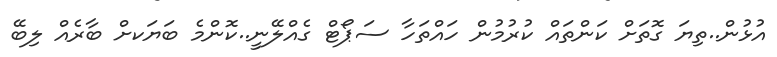
އުޅުން..ތިޔަ ގޮތަށް ކަންތައް ކުރުމުން ހައްތަހާ ސަޕޯޓް ގެއްލޭނީ..ކޮންމެ ބަޔަކށް ބާރެއް ލިބޭ